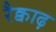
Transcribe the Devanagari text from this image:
रैक्वाढ़